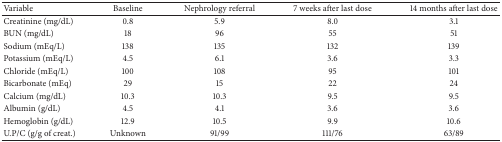
<table><thead><tr><td><b>Variable</b></td><td><b>Baseline</b></td><td><b>Nephrology referral</b></td><td><b>7 weeks after last dose</b></td><td><b>14 months after last dose</b></td></tr></thead><tbody><tr><td>Creatinine (mg/dL)</td><td>0.8</td><td>5.9</td><td>8.0</td><td>3.1</td></tr><tr><td>BUN (mg/dL)</td><td>18</td><td>96</td><td>55</td><td>51</td></tr><tr><td>Sodium (mEq/L)</td><td>138</td><td>135</td><td>132</td><td>139</td></tr><tr><td> Potassium (mEq/L)</td><td>4.5</td><td>6.1</td><td>3.6</td><td>3.3</td></tr><tr><td>Chloride (mEq/L)</td><td>100</td><td>108</td><td>95</td><td>101</td></tr><tr><td>Bicarbonate (mEq)</td><td>29</td><td>15</td><td>22</td><td>24</td></tr><tr><td>Calcium (mg/dL)</td><td>10.3</td><td>10.3</td><td>9.5</td><td>9.5</td></tr><tr><td>Albumin (g/dL)</td><td>4.5</td><td>4.1</td><td>3.6</td><td>3.6</td></tr><tr><td>Hemoglobin (g/dL)</td><td>12.9</td><td>10.5</td><td>9.9</td><td>10.6</td></tr><tr><td>U.P/C (g/g of creat.)</td><td>Unknown</td><td>91/99</td><td>111/76</td><td>63/89</td></tr></tbody></table>